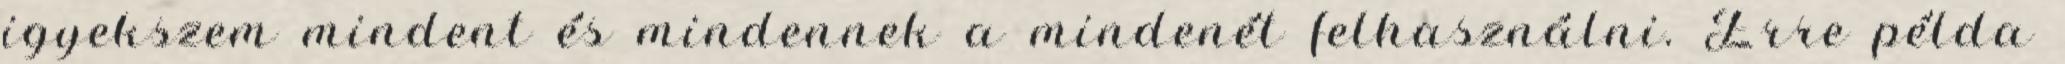
igyekszem mindent és mindennek a mindenét felhasználni. Erre példa